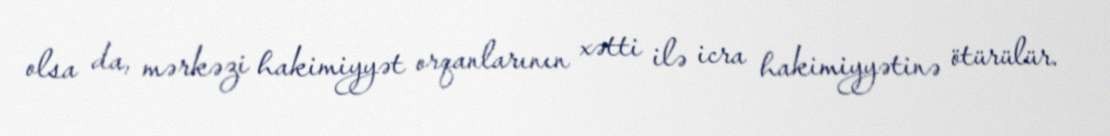
olsa da, mərkəzi hakimiyyət orqanlarının xətti ilə icra hakimiyyətinə ötürülür.